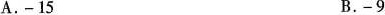
A.-15 B.-9